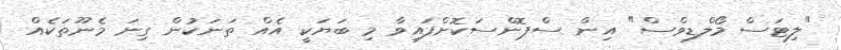
"ލިޓަސް މޯލްޑިވްސް" އިން ސްޕޮންސަކޮށްފައިވާ މި ބަޔަކީ އެއް ތަނަކުން ގިނަ މެނޫތަކެއް